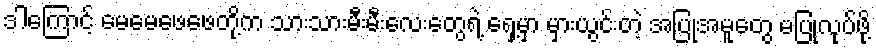
ဒါကြောင့် မေမေဖေဖေတို့က သားသားမီးမီးလေးတွေရဲ့ ရှေ့မှာ မှားယွင်းတဲ့ အပြုအမူတွေ မပြုလုပ်ဖို့